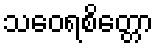
သဝေရစိတ္တော